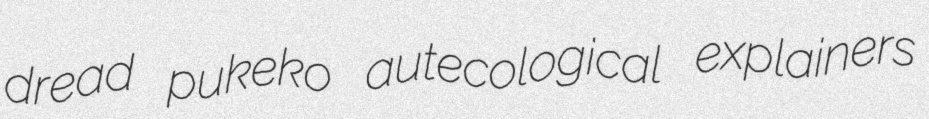
dread pukeko autecological explainers